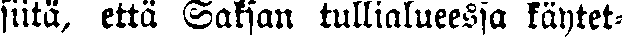
siitä, että Saksan tullialueessa käytet-